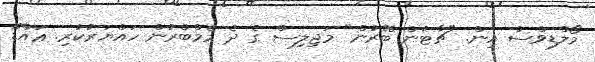
މޯލްޑިވްސް އިން. "ޗާޓުން ބޭރުން" މަޖިލިސް ގެ ދެ މެމްބްރުން ހައްޔަރުކުރި. ޢައްޑޫ